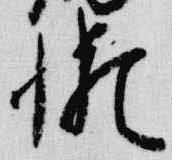
懶